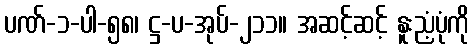
ပဏ်-၁-ပါ-၅၈၊ ဋ္ဌ-ပ-အုပ်-၂၁၁။ အဆင့်ဆင့် နူးညံ့ပုံကို